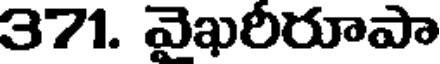
371. వెఖరీరూపా